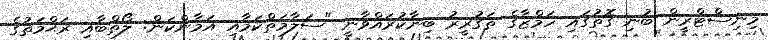
މިނިސްޓްރީން ބުނި ގޮތުގައި ހަމްޒާގެ ތަގުރީރު ބިނާކުރައްވާނީ "ސަލާމަތްކަމާއި އަމާންކަން: ލޯތްބާއި ރަޙްމަތުގެ